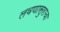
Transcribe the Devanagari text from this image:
लवणासुराचा